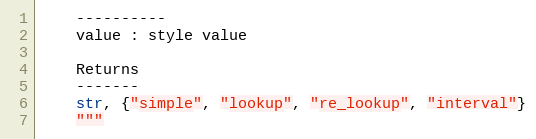
Language: Python
    ----------
    value : style value

    Returns
    -------
    str, {"simple", "lookup", "re_lookup", "interval"}
    """